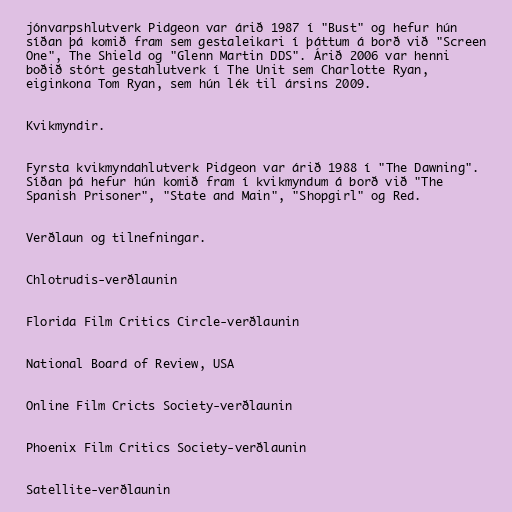
jónvarpshlutverk Pidgeon var árið 1987 í "Bust" og hefur hún
síðan þá komið fram sem gestaleikari í þáttum á borð við "Screen
One", The Shield og "Glenn Martin DDS". Árið 2006 var henni
boðið stórt gestahlutverk í The Unit sem Charlotte Ryan,
eiginkona Tom Ryan, sem hún lék til ársins 2009.

Kvikmyndir.

Fyrsta kvikmyndahlutverk Pidgeon var árið 1988 í "The Dawning".
Síðan þá hefur hún komið fram í kvikmyndum á borð við "The
Spanish Prisoner", "State and Main", "Shopgirl" og Red.

Verðlaun og tilnefningar.

Chlotrudis-verðlaunin

Florida Film Critics Circle-verðlaunin

National Board of Review, USA

Online Film Cricts Society-verðlaunin

Phoenix Film Critics Society-verðlaunin

Satellite-verðlaunin